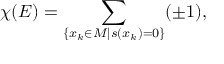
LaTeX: \chi ( E ) = \sum _ { \{ x _ { k } \in M \vert s ( x _ { k } ) = 0 \} } ( \pm 1 ) ,